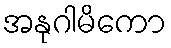
အနုဂါမိကော